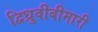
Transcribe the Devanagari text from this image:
द्विध्रुवीबीमारी